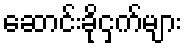
ဆောင်းခိုငှက်များ